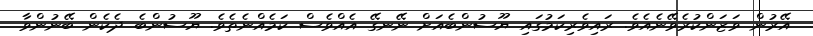
އޭރުން ވަޒަންކުރެވޭނެއެވެ. ރައިވެރިކަމުގައި ޔޫސުންބެއަށް ނޭނގޭ އެއްވެސް ކަމެއްނެތެވެ. ޔޫސުންބެ ދެކެން ބޭނުންވާ